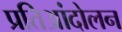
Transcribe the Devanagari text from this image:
प्रतिआंदोलन